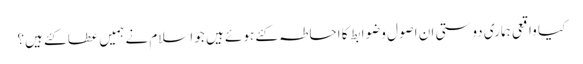
کیا واقعی ہماری دوستی ان اصول وضوابط کا احاطہ کئے ہوئے ہیں جو اسلام نے ہمیں عطا کئے ہیں؟